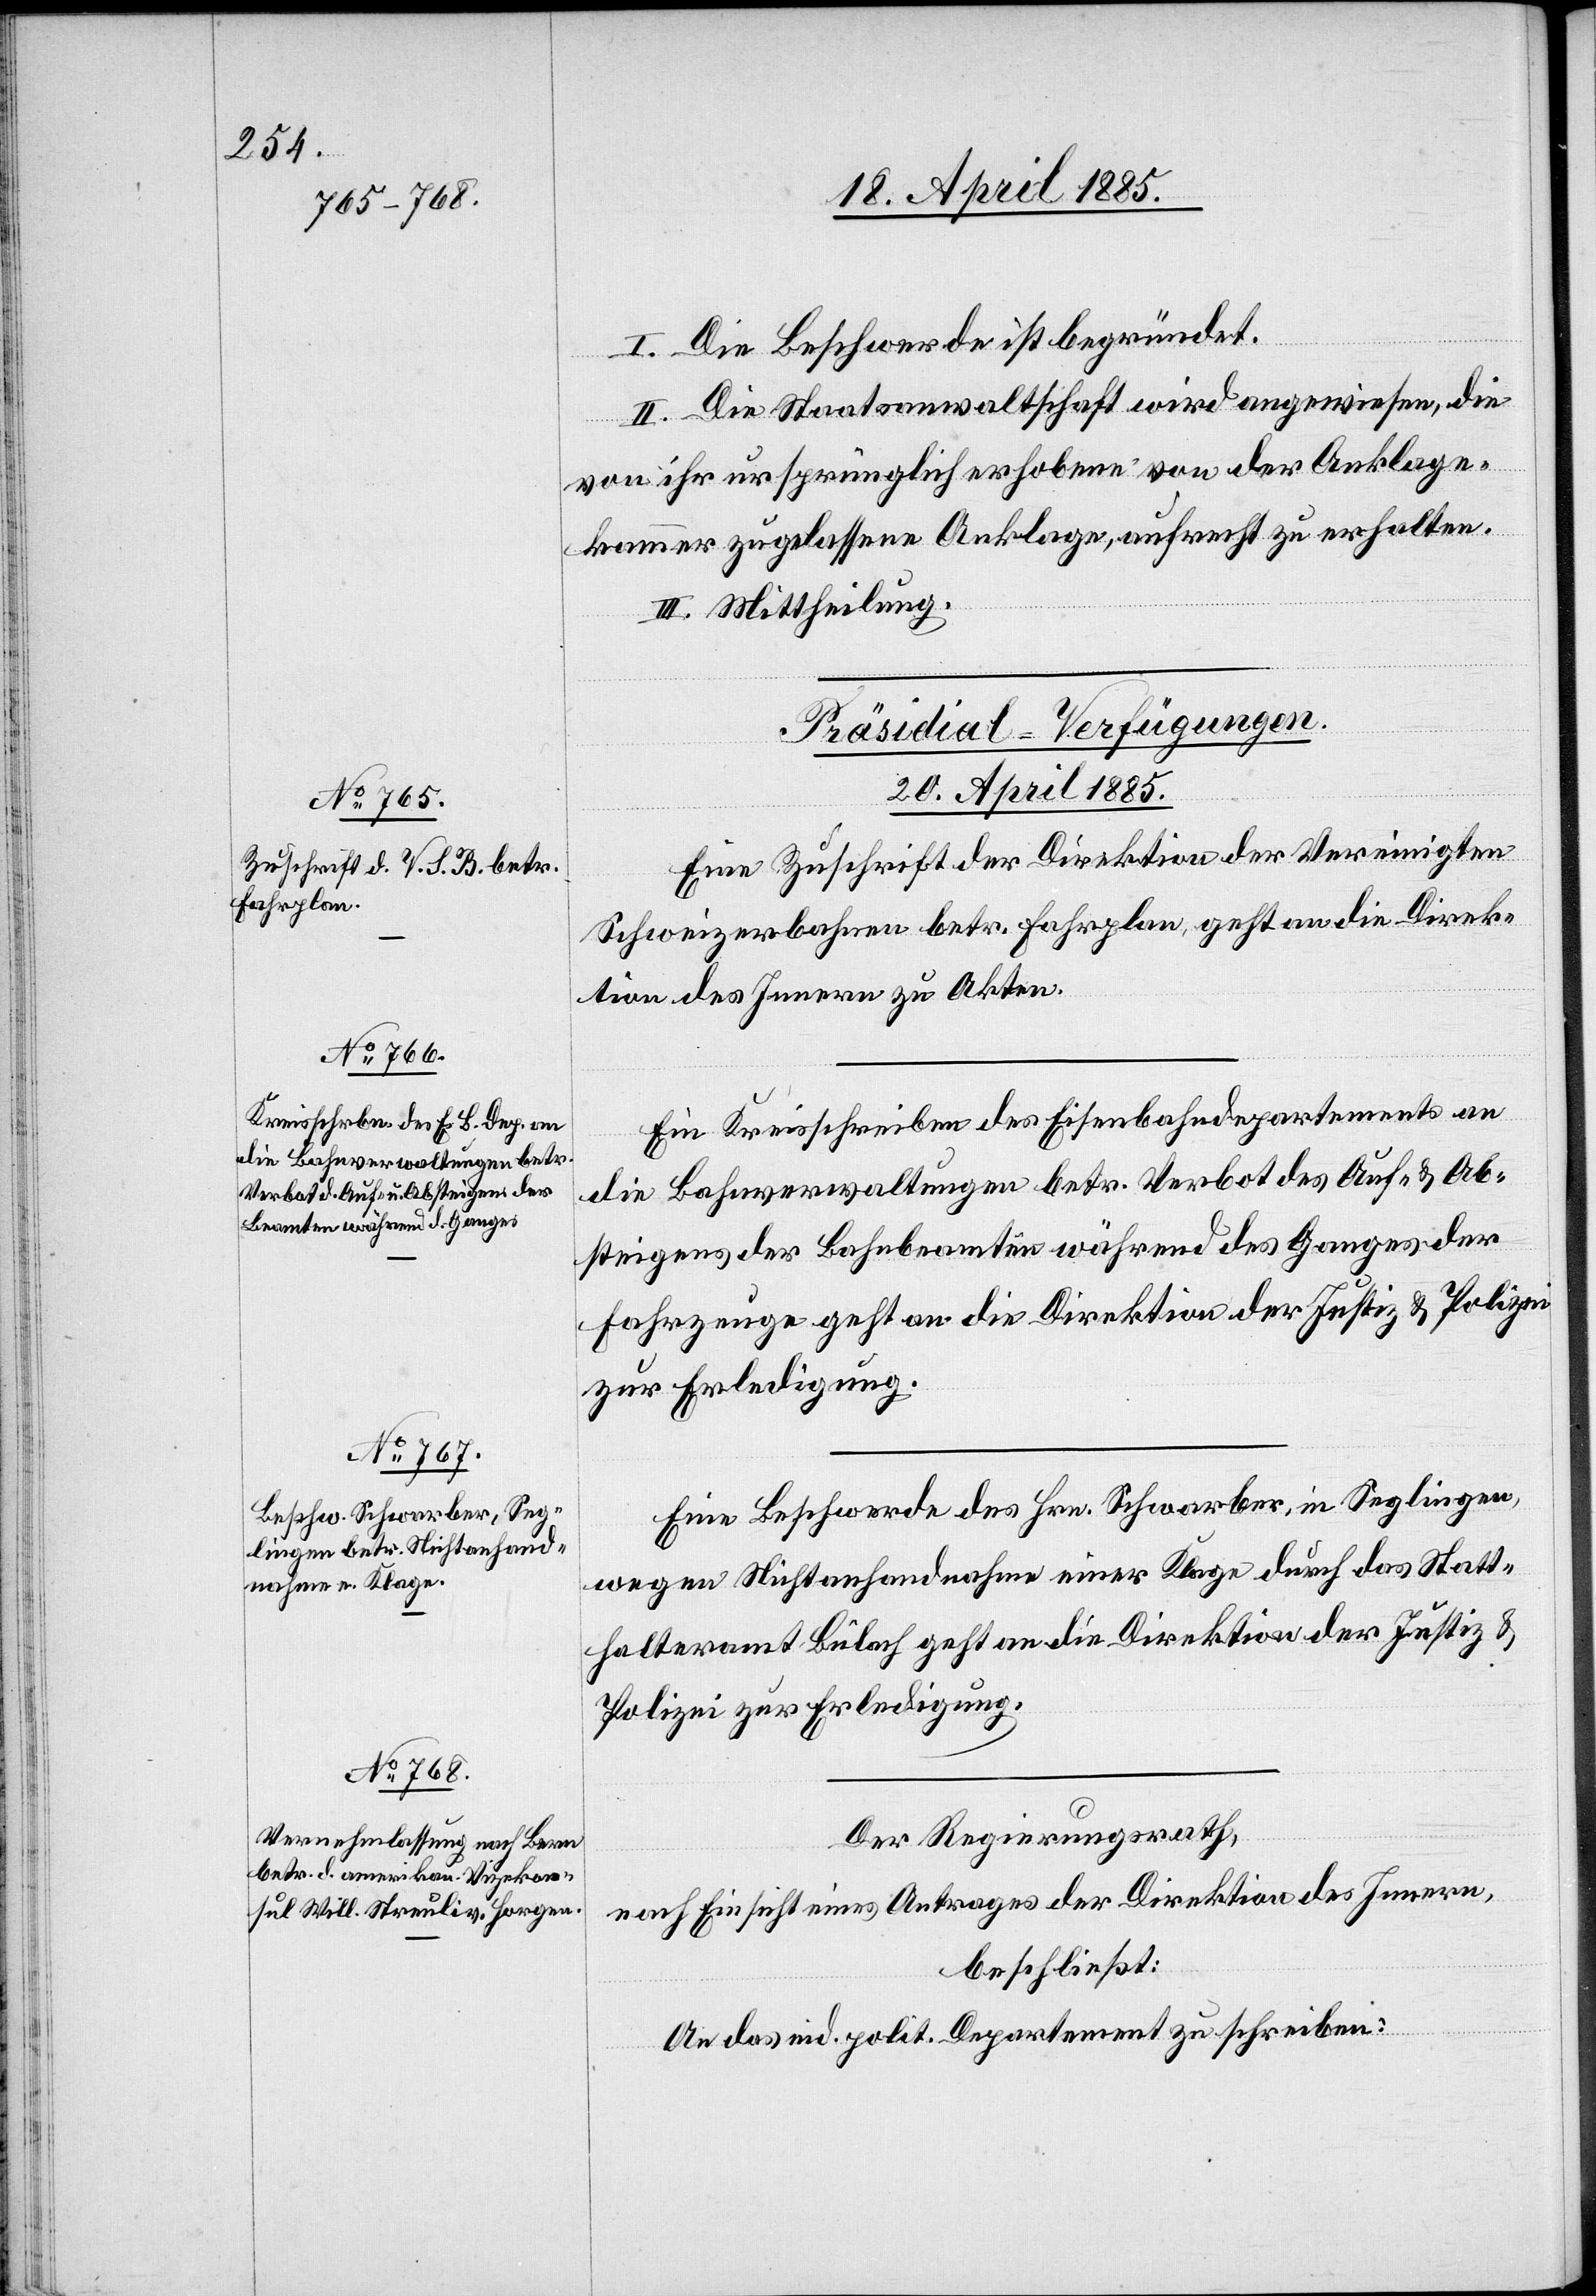
I. Die Beschwerde ist begründet.
II. Die Staatsanwaltschaft wird angewiesen, die
von ihr ursprünglich erhobene von der Anklage¬
kammer zugelassene Anklage, aufrecht zu erhalten.
III. Mittheilung.
[Präsidial-Verfügungen.
20. April 1885.]
Eine Zuschrift der Direktion der Vereinigten
Schweizerbahnen betr. Fahrplan, geht an die Direk¬
tion des Innern zu Akten.
Ein Kreisschreiben des Eisenbahndepartements an
die Bahnverwaltungen betr. Verbot des Auf- & Ab¬
steigens der Bahnbeamten während des Ganges der
Fahrzeuge geht an die Direktion der Justiz & Polizei
zur Erledigung.
Eine Beschwerde des Hrn. Schwarber, in Seglingen,
wegen Nichtanhandnahme einer Klage durch das Statt¬
halteramt Bülach geht an die Direktion der Justiz &
Polizei zur Erledigung.
Der Regierungsrath,
nach Einsicht eines Antrages der Direktion des Innern,
beschließt:
An das eid. polit. Departement zu schreiben: